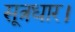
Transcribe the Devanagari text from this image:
सूत्रधार।